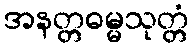
အနတ္တဓမ္မသုတ္တံ